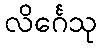
လိင်္ဂေသု